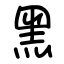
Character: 黑